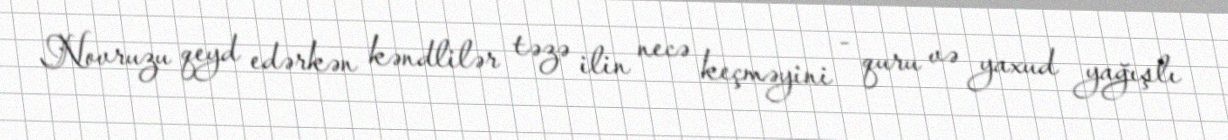
Novruzu qeyd edərkən kəndlilər təzə ilin necə keçməyini - quru və yaxud yağışlı